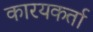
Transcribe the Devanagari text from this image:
कारयकर्ता